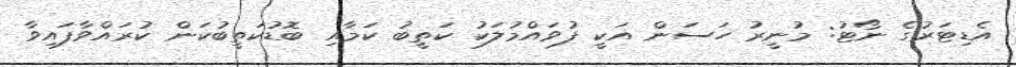
އެޑިޓަރުގެ ނޯޓު: މުނީރު ހަސަން އަކީ ފުވައްމުލަކު ކަތީބު ކަމާއި ބޮޑުކަތީބުކަން ކުރައްވާފައިވާ